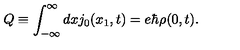
Q \equiv \int _ { - \infty } ^ { \infty } d x j _ { 0 } ( x _ { 1 } , t ) = e { \hbar } { \rho } ( 0 , t ) .